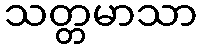
သတ္တမာသာ